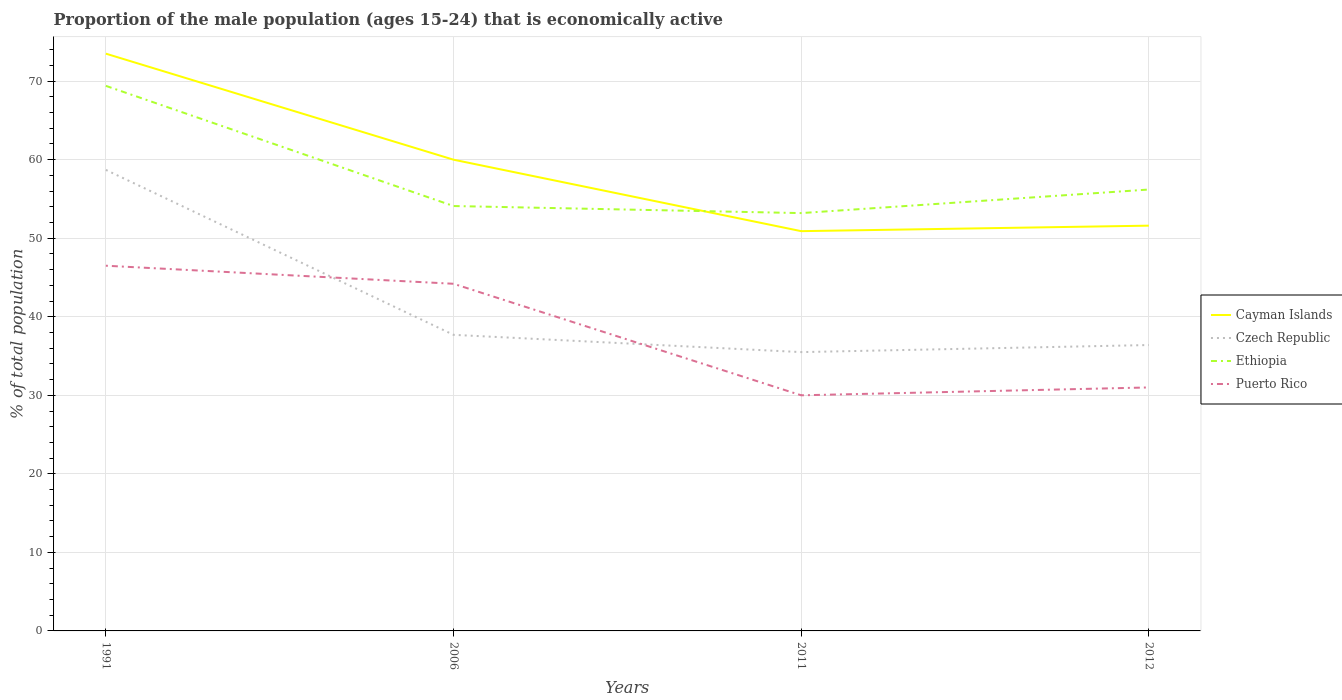
| Years | Cayman Islands | Czech Republic | Ethiopia | Puerto Rico |
 | --- | --- | --- | --- | --- |
 | 1991 | 73.5 | 58.7 | 69.4 | 46.5 |
 | 2006 | 60 | 37.7 | 54.1 | 44.2 |
 | 2011 | 50.9 | 35.5 | 53.2 | 30 |
 | 2012 | 51.6 | 36.4 | 56.2 | 31 |